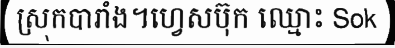
ស្រុកបារាំង។ហ្វេសប៊ុក ឈ្មោះ Sok